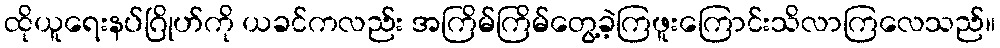
ထိုယူရေးနပ်ဂြိုဟ်ကို ယခင်ကလည်း အကြိမ်ကြိမ်တွေ့ခဲ့ကြဖူးကြောင်းသိလာကြလေသည်။